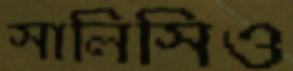
সালিসিও